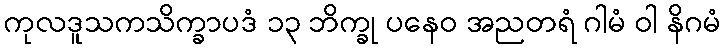
ကုလဒူသကသိက္ခာပဒံ ၁၃ ဘိက္ခု ပနေဝ အညတရံ ဂါမံ ဝါ နိဂမံ